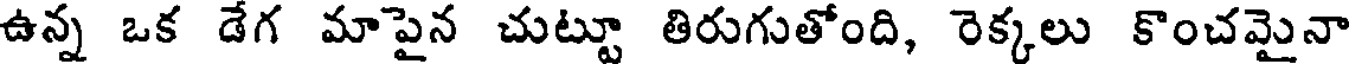
ఉన్న ఒక డేగ మాపైన చుట్టూ తిరుగుతోంది, రెక్కలు కొంచమైనా